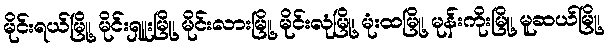
မိုင်းရယ်မြို့၊ မိုင်းရှူးမြို့၊ မိုင်းလားမြို့၊ မိုင်းလုံမြို့၊ မုံးထမြို့၊ မုန်းကိုးမြို့၊ မူဆယ်မြို့၊